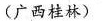
(广西桂林)